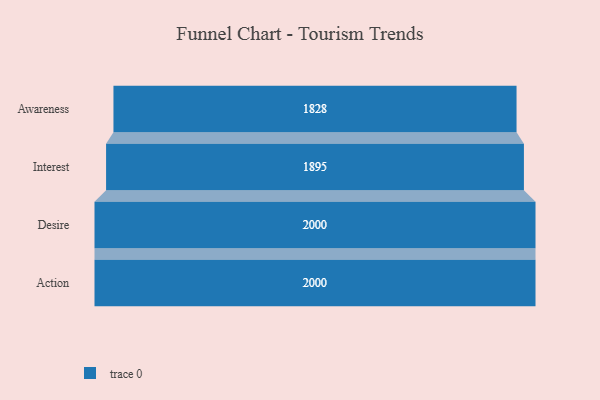
{"axis": {"x": "Stage", "y": "Value"}, "legend": [""], "data": [{"x": "Awareness", "y": 1828.0, "type": ""}, {"x": "Interest", "y": 1895.0, "type": ""}, {"x": "Desire", "y": 2000, "type": ""}, {"x": "Action", "y": 2000, "type": ""}]}